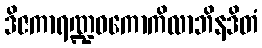
ဒိဇကာရဏ္ဍဝကောကိလာဘိနဒိတံ